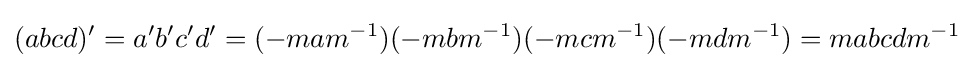
(abcd)'=a'b'c'd'=(-mam^{-1})(-mbm^{-1})(-mcm^{-1})(-mdm^{-1})=mabcdm^{-1}